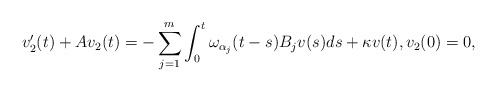
\begin{align*} v_2'(t) + Av_2(t) = - \sum\limits_{j=1}^{m} \int_0^t \omega_{\alpha_j}(t-s) B_j v(s) ds + \kappa v(t), v_2(0) = 0, \end{align*}